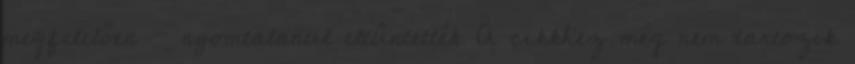
megfelelően - nyomtalanul eltűntették A cikkhez még nem tartozik